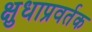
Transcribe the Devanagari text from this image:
क्षुधाप्रवर्तक